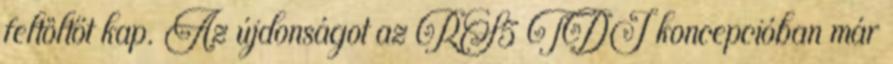
feltöltőt kap. Az újdonságot az RS5 TDI koncepcióban már